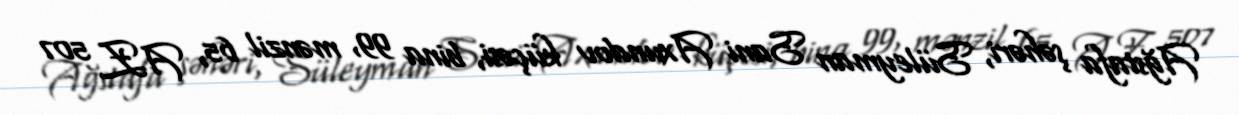
Ağstafa şəhəri, Süleyman Sani Axundov küçəsi, bina 99, mənzil 65, AZ 507